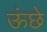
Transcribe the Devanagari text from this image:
ऊंछे